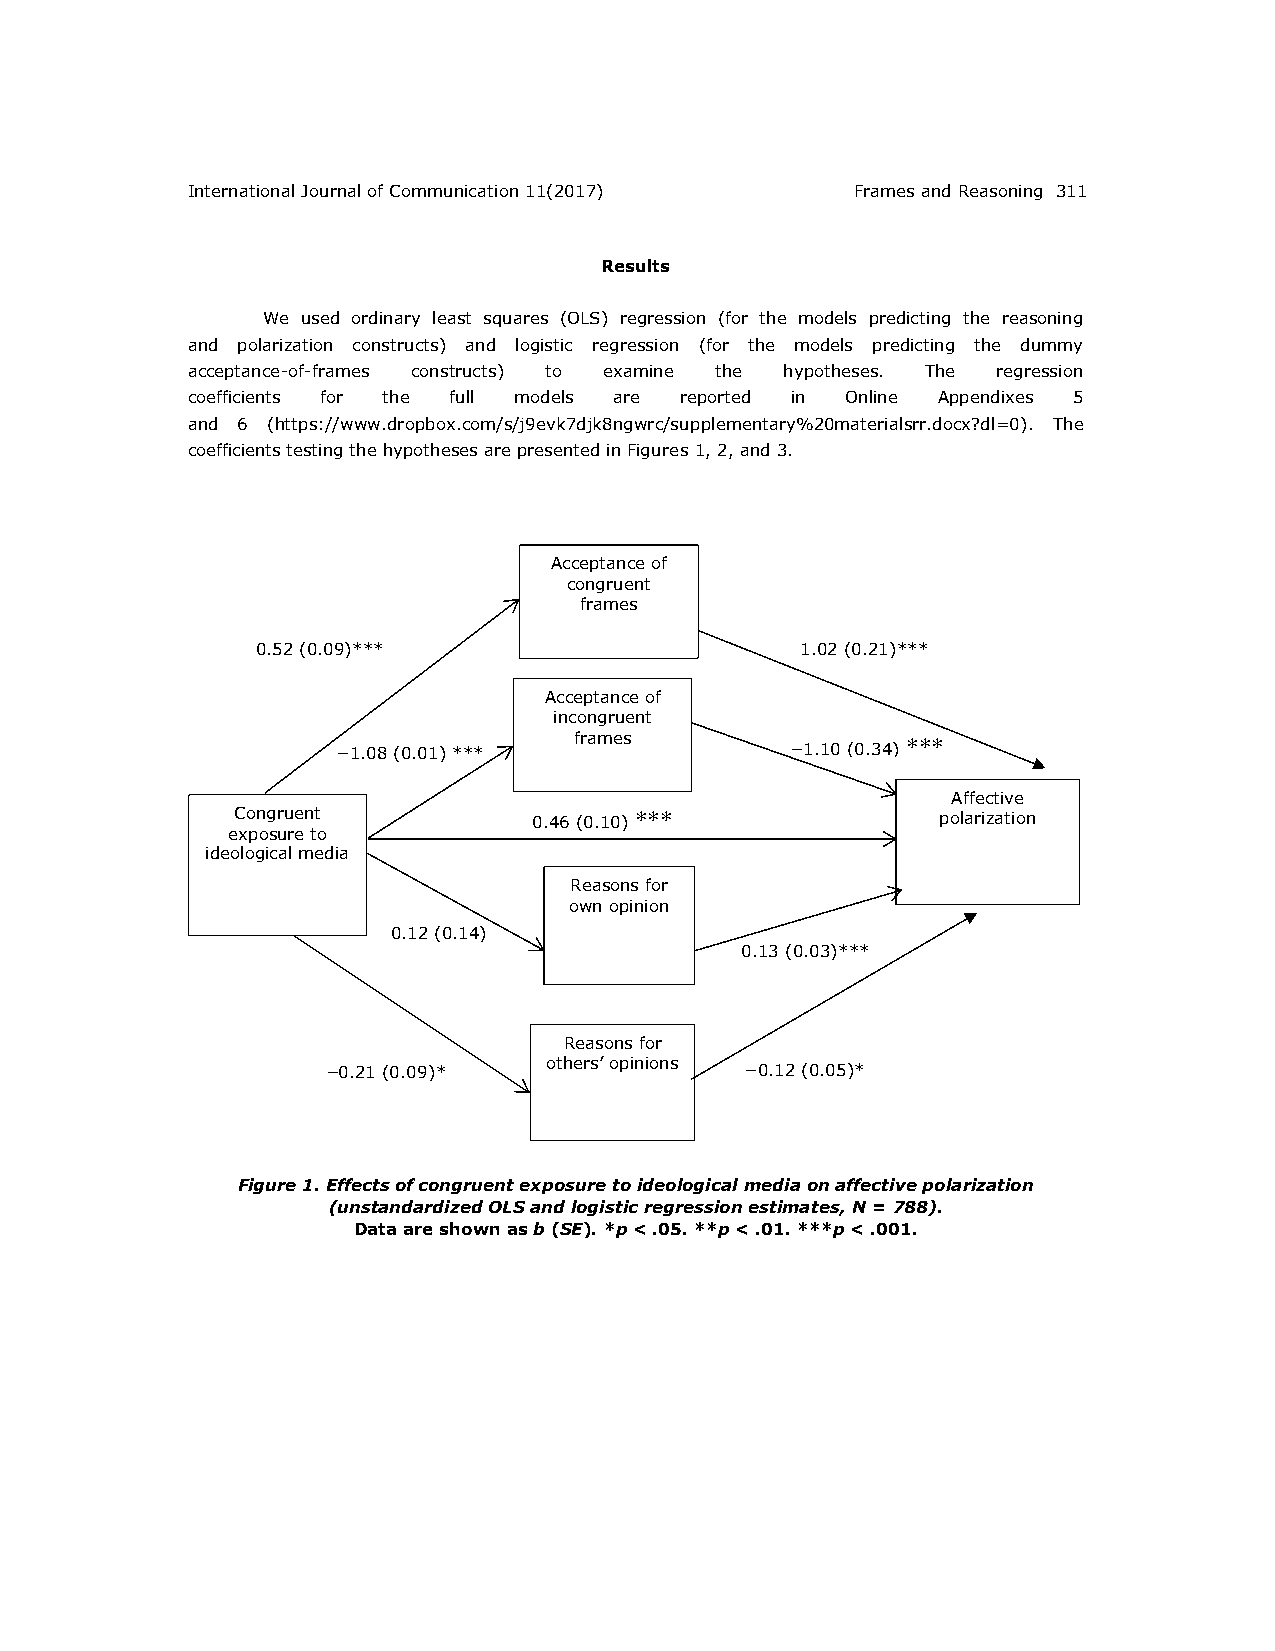
International Journal of Communication 11(2017) Frames and Reasoning 311
 Results
 We used ordinary least squares (OLS) regression (for the models predicting the reasoning
 and polarization constructs) and logistic regression (for the models predicting the dummy
 acceptance-of-frames constructs) to examine the hypotheses. The regression
 coefficients for the full models are reported in Online Appendixes 5
 and 6 (https://www.dropbox.com/s/j9evk7djk8ngwrc/supplementary%20materialsrr.docx?dl=0). The
 coefficients testing the hypotheses are presented in Figures 1, 2, and 3.
 Acceptance of
 congruent
 frames
 0.52 (0.09)***                      1.02 (0.21)***
 Acceptance of
 incongruent
 frames                ***
 −1.08 (0.01) ***              −1.10 (0.34)
 Affective
 Congruent           0.46 (0.10) ***            polarization
 exposure to
 ideological media
 Reasons for
 own opinion
 0.12 (0.14)
 0.13 (0.03)***
 Reasons for
 others’ opinions
 −0.21 (0.09)*              −0.12 (0.05)*
 Figure 1. Effects of congruent exposure to ideological media on affective polarization
 (unstandardized OLS and logistic regression estimates, N = 788).
 Data are shown as b (SE). *p < .05. **p < .01. ***p < .001.